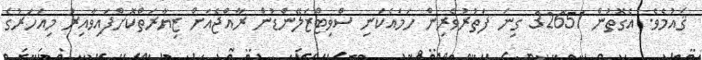
ޤައުމެވެ. އެގޮތުން 32651 ގިނަ ފަތުރުވެރިން ހަމައެކަނި ސްވިޓްޒަލޭންޑުން ރާއްޖެއަށް ޒިޔާރަތްކޮށްފައިވާއިރު މިއަހަރުގެ